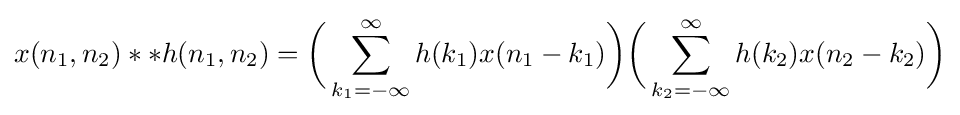
x(n_{1},n_{2})**h(n_{1},n_{2})={\bigg (}\sum _{k_{1}=-\infty }^{\infty }h(k_{1})x(n_{1}-k_{1}){\bigg )}{\bigg (}\sum _{k_{2}=-\infty }^{\infty }h(k_{2})x(n_{2}-k_{2}){\bigg )}